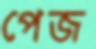
পেজ